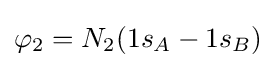
\varphi _{2}=N_{2}(1s_{A}-1s_{B})